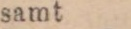
samt